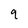
Character: 9